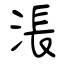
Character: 涱